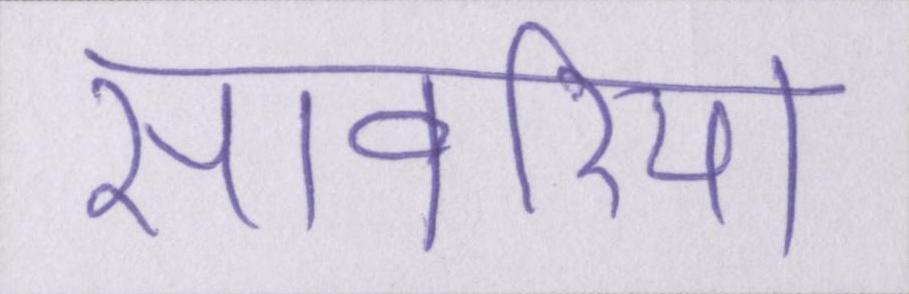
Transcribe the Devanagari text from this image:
सांवरिया